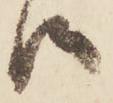
候